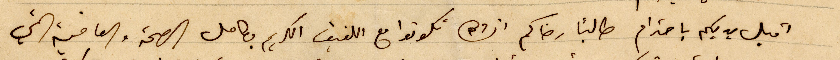
اقبل ايديكم باحترام طالباً رضاكم انشالله تكونوا مع اللفيف الكريم بكامل الصحة والعافية التي